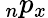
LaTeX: \, _{n}p_{x}